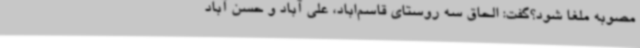
مصوبه ملغا شود؟گفت: الحاق سه روستای قاسم‌اباد، علی آباد و حسن آباد